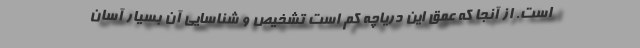
است. از آنجا که عمق این دریاچه کم است تشخیص و شناسایی آن بسیار آسان